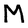
Character: M